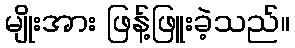
မျိုးအား ဖြန့်ဖြူးခဲ့သည်။